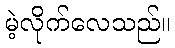
မဲ့လိုက်လေသည်။